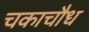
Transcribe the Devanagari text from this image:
चकाचौध